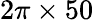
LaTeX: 2\pi\times 50